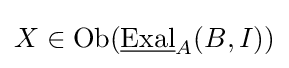
X\in {\text{Ob}}({\underline {\text{Exal}}}_{A}(B,I))